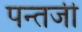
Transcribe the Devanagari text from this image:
पन्तजी